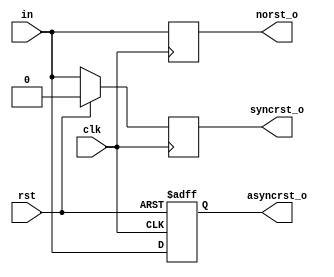
module d_flipflop (clk,rst,in,norst_o,syncrst_o,asyncrst_o);
  input  wire clk;
  input  wire rst;
  input  wire in;
  output reg norst_o;
  output reg syncrst_o;
  output reg asyncrst_o;

  // No reset
  always @(posedge clk)begin
    norst_o <= in;end

  // Sync reset
  always @(posedge clk)begin
    if (rst)
      syncrst_o <= 1'b0;
    else
      syncrst_o <=in;end

  // Async reset
  always @(posedge clk or posedge rst)begin
    if (rst)
      asyncrst_o <= 1'b0;
    else
      asyncrst_o <= in;end

endmodule